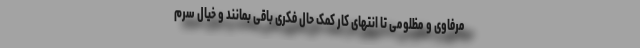
مرفاوی و مظلومی تا انتهای کار کمک حال فکری باقی بمانند و خیال سرم